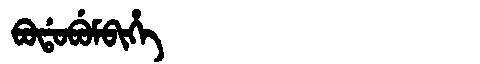
Manchu: ᠪᠣᡩᠣᠪᡠᠮᠪᡳᡥᡝ
Romanization: BODOBUMBIHE